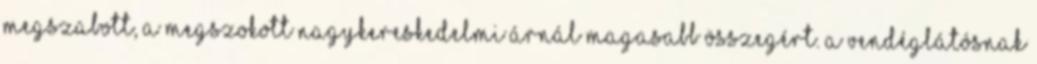
megszabott, a megszokott nagykereskedelmi árnál magasabb összegért. A vendéglátósnak